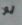
لو